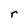
Character: r